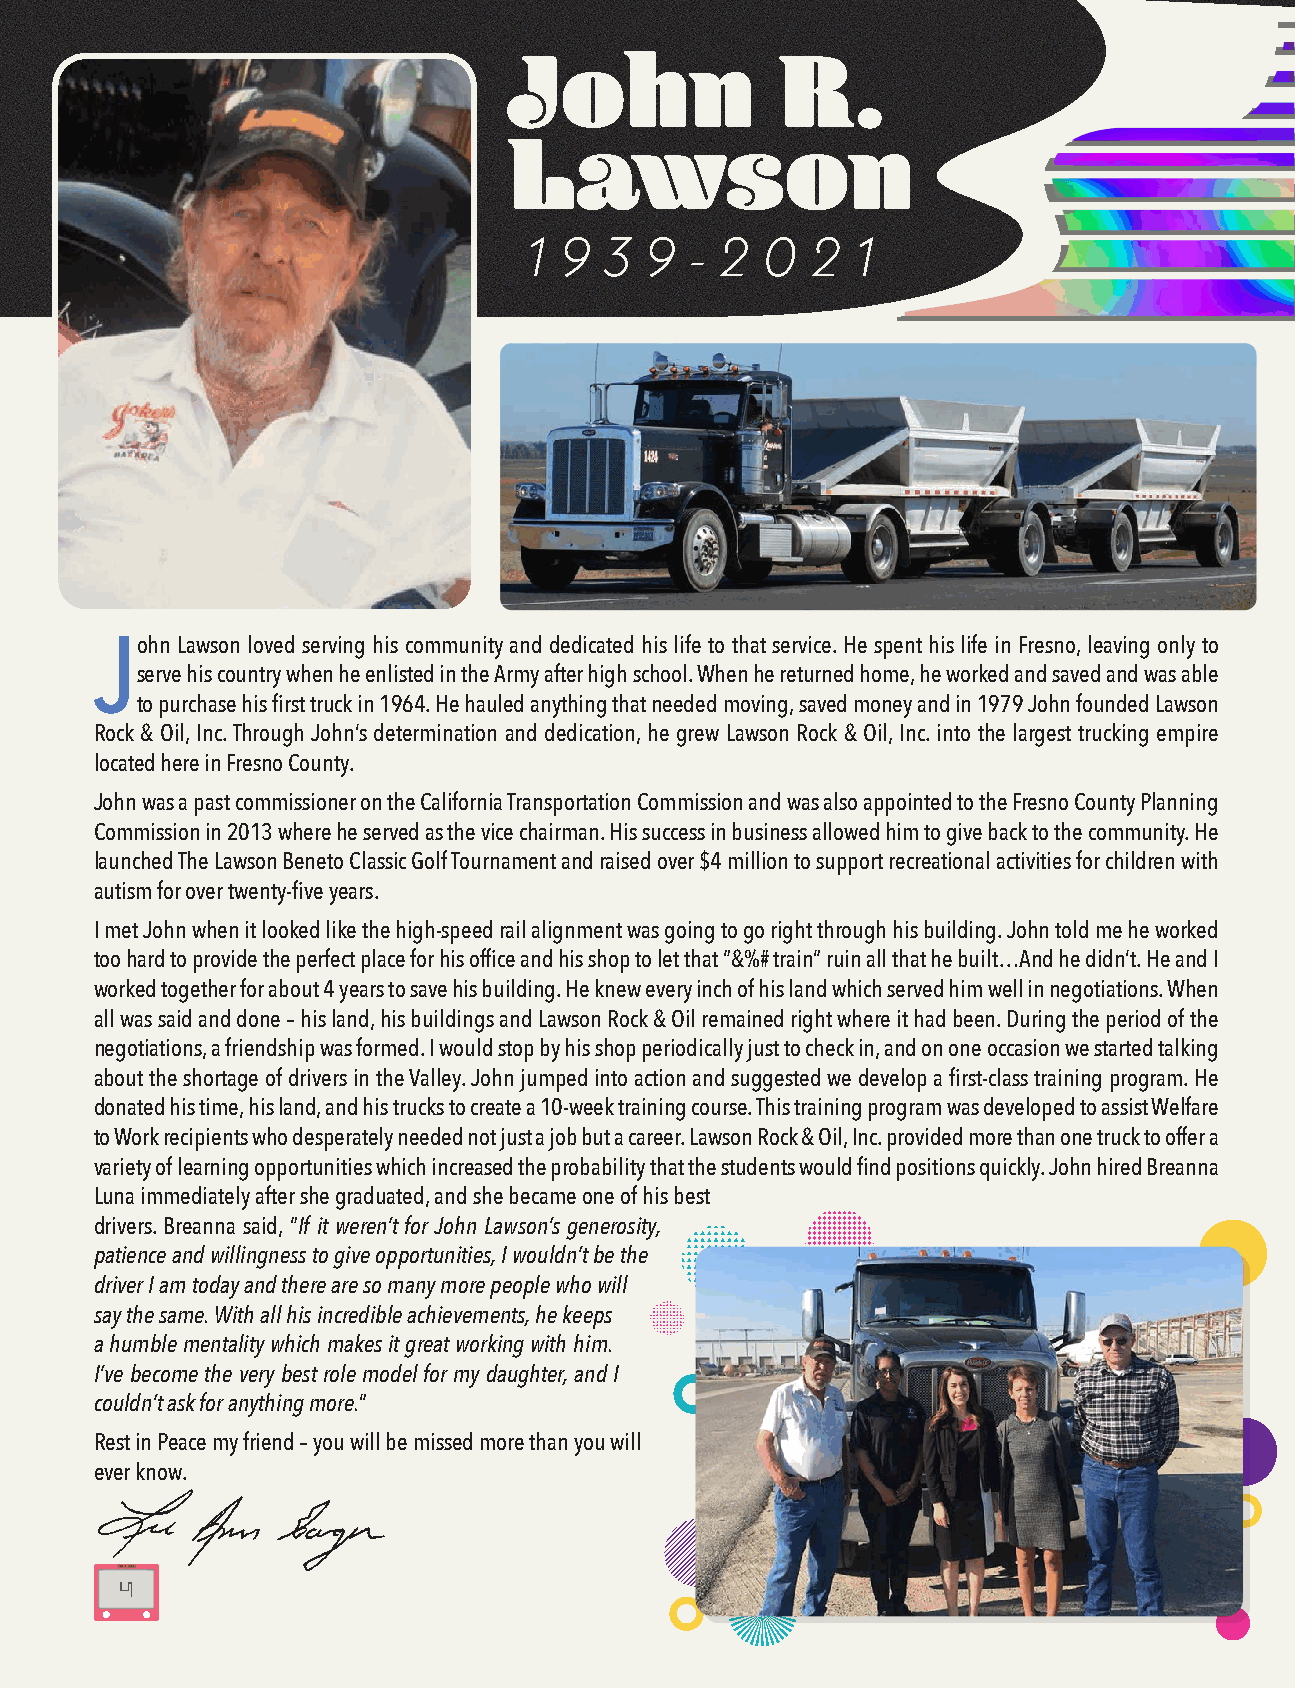
John              R.
 Lawson
 1 9  3  9  - 2 0   2  1
 John  Lawson loved serving his community and dedicated his life to that service. He spent his life in Fresno, leaving only to
 serve his country when he enlisted in the Army after high school. When he returned home, he worked and saved and was able
 to purchase his first truck in 1964. He hauled anything that needed moving, saved money and in 1979 John founded Lawson
 Rock & Oil, Inc. Through John’s determination and dedication, he grew Lawson Rock & Oil, Inc. into the largest trucking empire
 located here in Fresno County.
 John was a past commissioner on the California Transportation Commission and was also appointed to the Fresno County Planning
 Commission in 2013 where he served as the vice chairman. His success in business allowed him to give back to the community. He
 launched The Lawson Beneto Classic Golf Tournament and raised over $4 million to support recreational activities for children with
 autism for over twenty-five years.
 I met John when it looked like the high-speed rail alignment was going to go right through his building. John told me he worked
 too hard to provide the perfect place for his office and his shop to let that “&%# train” ruin all that he built…And he didn’t. He and I
 worked together for about 4 years to save his building. He knew every inch of his land which served him well in negotiations. When
 all was said and done – his land, his buildings and Lawson Rock & Oil remained right where it had been. During the period of the
 negotiations, a friendship was formed. I would stop by his shop periodically just to check in, and on one occasion we started talking
 about the shortage of drivers in the Valley. John jumped into action and suggested we develop a first-class training program. He
 donated his time, his land, and his trucks to create a 10-week training course. This training program was developed to assist Welfare
 to Work recipients who desperately needed not just a job but a career. Lawson Rock & Oil, Inc. provided more than one truck to offer a
 variety of learning opportunities which increased the probability that the students would find positions quickly. John hired Breanna
 Luna immediately after she graduated, and she became one of his best
 drivers. Breanna said, “If it weren’t for John Lawson’s generosity,
 patience and willingness to give opportunities, I wouldn’t be the
 driver I am today and there are so many more people who will
 say the same. With all his incredible achievements, he keeps
 a humble mentality which makes it great working with him.
 I’ve become the very best role model for my daughter, and I
 couldn’t ask for anything more.”
 Rest in Peace my friend – you will be missed more than you will
 ever know.
 4